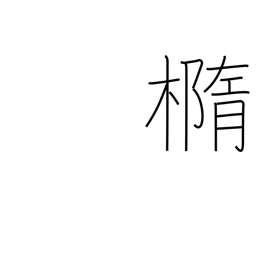
Meaning: ellipse